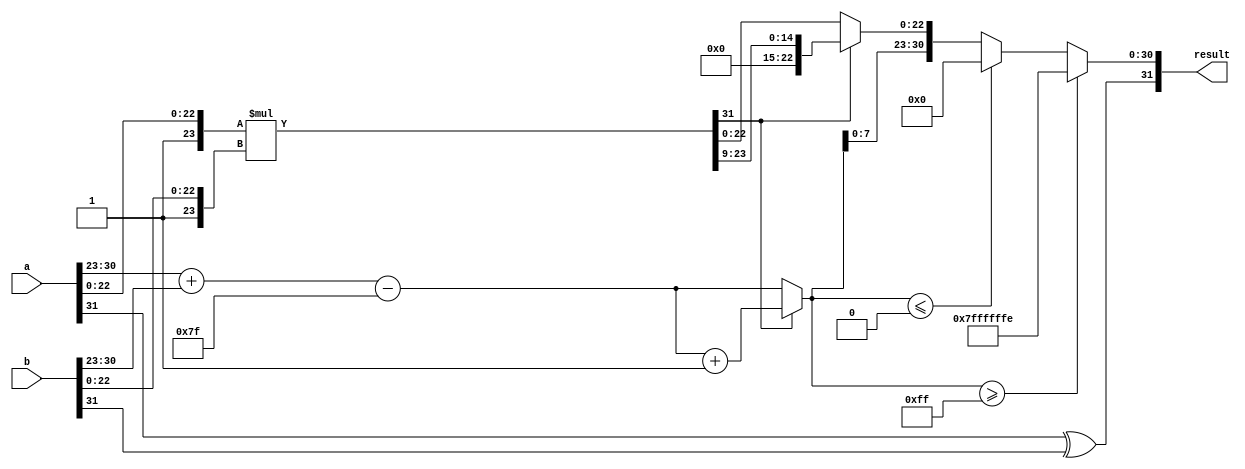
module floating_point_multiplier #(
    parameter E = 8,  // Number of exponent bits
    parameter M = 23   // Number of mantissa bits
)(
    input wire [E + M:0] a,  // Input floating-point number A
    input wire [E + M:0] b,  // Input floating-point number B
    output reg [E + M:0] result // Output floating-point number
);
    // Internal signals
    wire sign_a = a[E + M];  // Sign bit of A
    wire sign_b = b[E + M];  // Sign bit of B
    wire [E-1:0] exp_a = a[E + M - 1:E + M - E]; // Exponent bits of A
    wire [E-1:0] exp_b = b[E + M - 1:E + M - E]; // Exponent bits of B
    wire [M:0] mant_a = {1'b1, a[M - 1:0]}; // Mantissa of A with implicit leading 1
    wire [M:0] mant_b = {1'b1, b[M - 1:0]}; // Mantissa of B with implicit leading 1

    wire [E + M:0] mant_product; // Product of mantissas
    wire [E:0] exp_sum;  // Sum of exponents
    wire [E - 1:0] exp_result; // Result exponent
    wire result_sign; // Result sign
    wire [M:0] mantissa_norm; // Normalized mantissa
    wire [E:0] exp_final; // Final exponent after normalization
    wire [E + M:0] final_result; // Final output before output assembly
    
    // Sign calculation
    assign result_sign = sign_a ^ sign_b;

    // Exponent calculation
    assign exp_sum = {1'b0, exp_a} + {1'b0, exp_b} - (2**(E - 1) - 1); // Bias calculation

    // Mantissa multiplication
    assign mant_product = mant_a * mant_b; // Mantissa multiplication

    // Normalization logic
    always @(*) begin
        if (mant_product[E + M] == 1'b1) begin
            mantissa_norm = mant_product[M:E + 1]; // Shift right
            exp_final = exp_sum + 1; // Increase exponent
        end else begin
            mantissa_norm = mant_product[M - 1:0]; // Already in normalized form
            exp_final = exp_sum; // Keep exponent
        end
    end

    // Rounding logic can be added here if necessary
    // For simplicity, we will assume truncation

    // Handle overflow and underflow for exponent
    always @(*) begin
        if (exp_final >= (2**E - 1)) begin
            // Set to infinity
            result = {result_sign, {(E + M - 1){1'b1}}, 1'b0};
        end else if (exp_final <= 0) begin
            // Set to zero
            result = {result_sign, {(E + M){1'b0}}};
        end else begin
            exp_result = exp_final[E-1:0]; // Adjust exponent to fit in E bits
            result = {result_sign, exp_result, mantissa_norm[M-1:0]}; // Assemble final result
        end
    end

endmodule